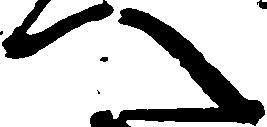
へ